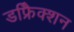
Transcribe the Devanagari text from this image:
डफ्रैिक्शन